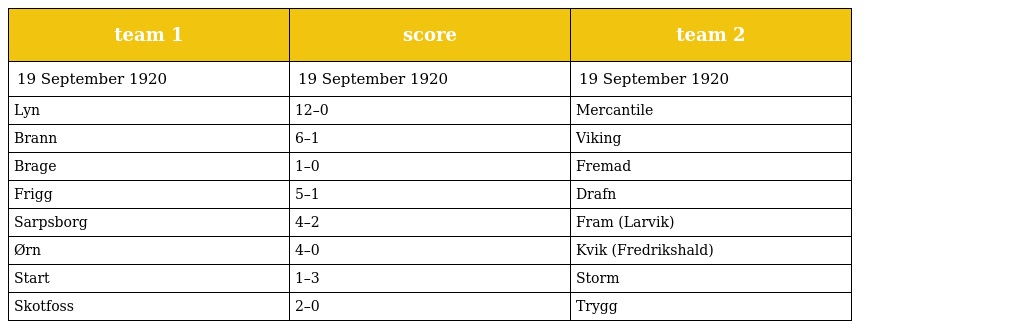
| team 1 | score | team 2 |
 | --- | --- | --- |
 | 19 September 1920 | 19 September 1920 | 19 September 1920 |
 | Lyn | 12–0 | Mercantile |
 | Brann | 6–1 | Viking |
 | Brage | 1–0 | Fremad |
 | Frigg | 5–1 | Drafn |
 | Sarpsborg | 4–2 | Fram (Larvik) |
 | Ørn | 4–0 | Kvik (Fredrikshald) |
 | Start | 1–3 | Storm |
 | Skotfoss | 2–0 | Trygg |